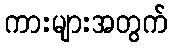
ကားများအတွက်